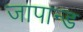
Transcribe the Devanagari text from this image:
जापान्ड